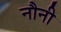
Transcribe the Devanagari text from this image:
नौनी